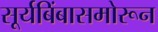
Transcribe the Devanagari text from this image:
सूर्यबिंबासमोरून